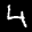
Label: 4